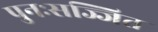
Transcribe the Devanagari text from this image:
पुनःसज्जित